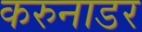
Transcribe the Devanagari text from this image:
करुनाडर